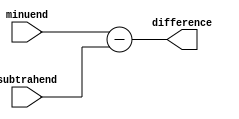
module Structural_Subtractor (
    input [7:0] minuend,
    input [7:0] subtrahend,
    output reg [7:0] difference
);

// Perform subtraction operation
always @*
begin
    difference = minuend - subtrahend;
end

endmodule